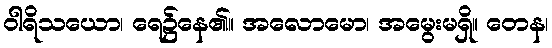
ဝါရိသယော၊ ရေ၌နေ၏။ အလောမော၊ အမွေးမရှိ။ တေန၊